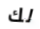
لك